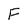
Character: F